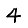
Digit: 4